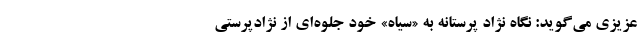
عزیزی می‌گوید: نگاه نژاد پرستانه به «سیاه» خود جلوه‌ای از نژادپرستی